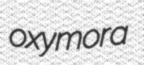
oxymora